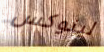
لينوكس